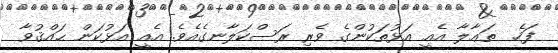
ފަހެ  ތަޢާލާ އެއީ އަޅުތަކުންގެ ވެރި ރަސްކަލާނގެއެވެ. އެއީ އަޅުކަން ޙައްޤުވާ